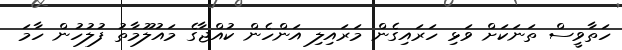
ހަތާވީސް ތަނަކަށް ވަޅި ހަރައިގެން މަރައިލި އަންހެން ކުއްޖާގެ މައުލޫމާތު ފުލުހުން ހާމަ